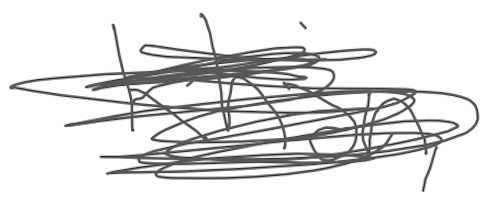
Text: Khan,
Cross-out: scratch
Writing tool: digital_gray